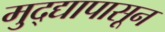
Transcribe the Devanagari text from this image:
मुद्द्यापासून